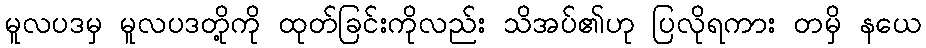
မူလပဒမှ မူလပဒတို့ကို ထုတ်ခြင်းကိုလည်း သိအပ်၏ဟု ပြလိုရကား တမှိ နယေ